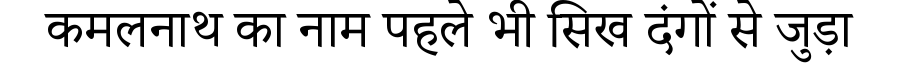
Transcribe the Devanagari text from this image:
कमलनाथ का नाम पहले भी सिख दंगों से जुड़ा